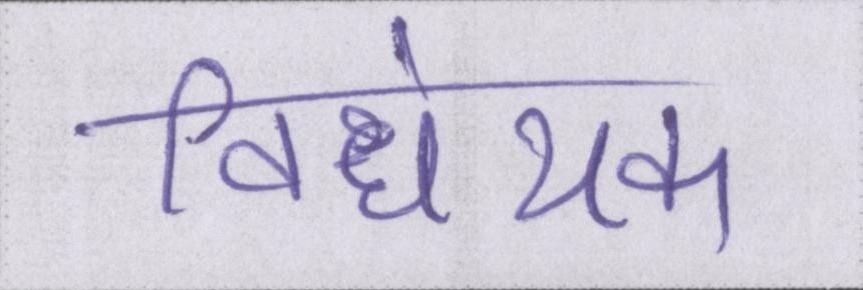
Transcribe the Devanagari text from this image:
विधेयक